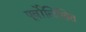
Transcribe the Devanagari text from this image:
पूर्वोलिखित